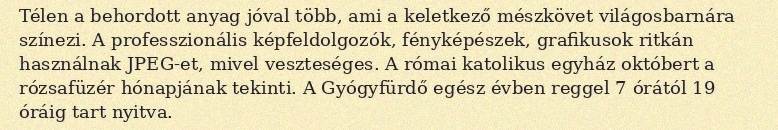
Télen a behordott anyag jóval több, ami a keletkező mészkövet világosbarnára színezi. A professzionális képfeldolgozók, fényképészek, grafikusok ritkán használnak JPEG-et, mivel veszteséges. A római katolikus egyház októbert a rózsafüzér hónapjának tekinti. A Gyógyfürdő egész évben reggel 7 órától 19 óráig tart nyitva.